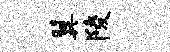
翼陵